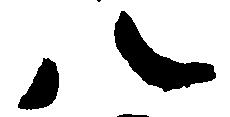
八